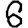
Digit: 6